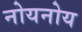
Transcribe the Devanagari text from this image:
नोयनोय